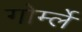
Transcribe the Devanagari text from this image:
गोर्म्ले